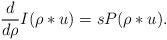
LaTeX: \begin{gather*}\frac{d}{d\rho} I(\rho * u)=s P(\rho * u).\end{gather*}